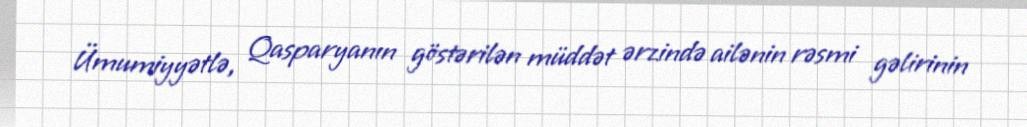
Ümumiyyətlə, Qasparyanın göstərilən müddət ərzində ailənin rəsmi gəlirinin